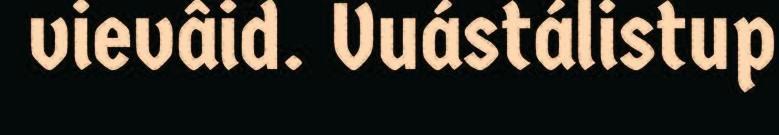
vievâid. Vuástálistup